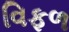
વિફળ